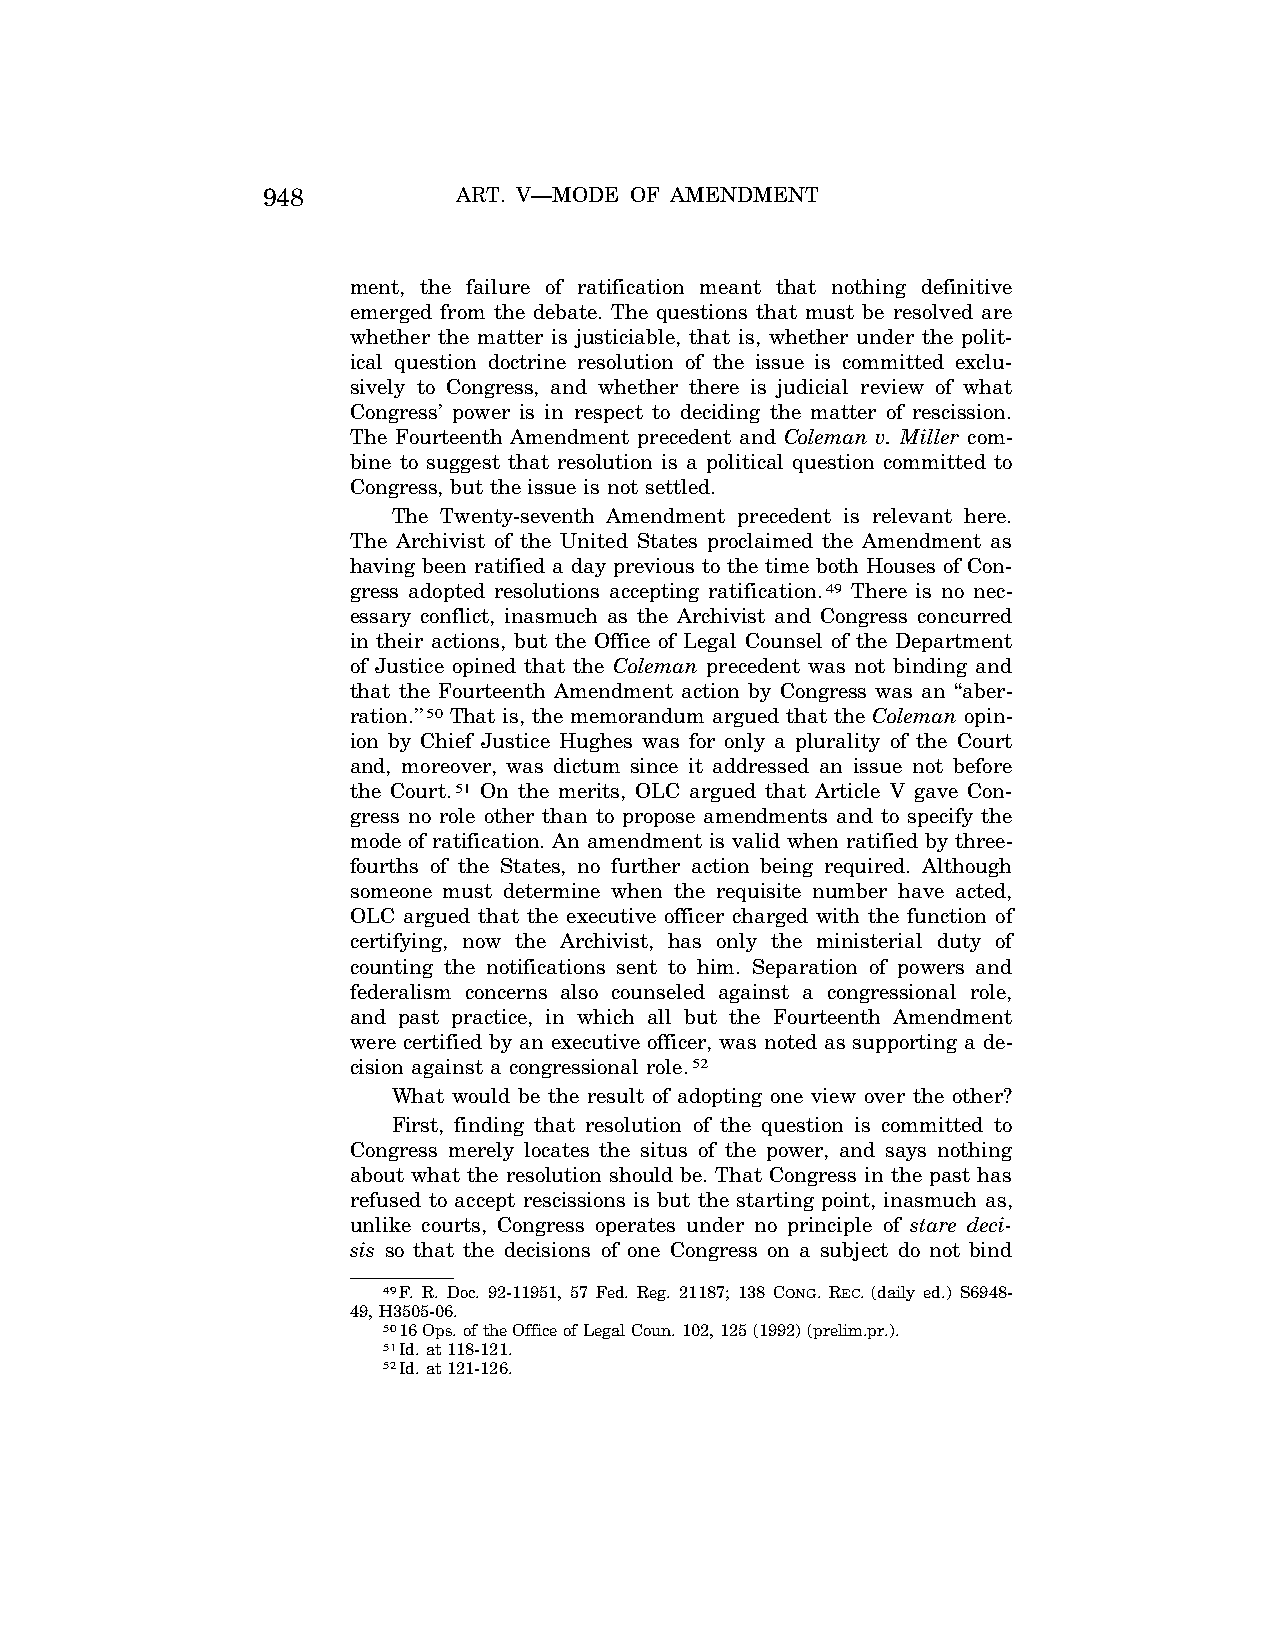
948          ART. V—MODE OF AMENDMENT
 ment, the failure of ratification meant that nothing definitive
 emerged from the debate. The questions that must be resolved are
 whether the matter is justiciable, that is, whether under the polit-
 ical question doctrine resolution of the issue is committed exclu-
 sively to Congress, and whether there is judicial review of what
 Congress’ power is in respect to deciding the matter of rescission.
 The Fourteenth Amendment precedent and Coleman v. Miller com-
 bine to suggest that resolution is a political question committed to
 Congress, but the issue is not settled.
 The Twenty-seventh Amendment precedent is relevant here.
 The Archivist of the United States proclaimed the Amendment as
 having been ratified a day previous to the time both Houses of Con-
 gress adopted resolutions accepting ratification.49 There is no nec-
 essary conflict, inasmuch as the Archivist and Congress concurred
 in their actions, but the Office of Legal Counsel of the Department
 of Justice opined that the Coleman precedent was not binding and
 that the Fourteenth Amendment action by Congress was an ‘‘aber-
 ration.’’50 That is, the memorandum argued that the Coleman opin-
 ion by Chief Justice Hughes was for only a plurality of the Court
 and, moreover, was dictum since it addressed an issue not before
 the Court.51 On the merits, OLC argued that Article V gave Con-
 gress no role other than to propose amendments and to specify the
 mode of ratification. An amendment is valid when ratified by three-
 fourths of the States, no further action being required. Although
 someone must determine when the requisite number have acted,
 OLC argued that the executive officer charged with the function of
 certifying, now the Archivist, has only the ministerial duty of
 counting the notifications sent to him. Separation of powers and
 federalism concerns also counseled against a congressional role,
 and past practice, in which all but the Fourteenth Amendment
 were certified by an executive officer, was noted as supporting a de-
 cision against a congressional role.52
 What would be the result of adopting one view over the other?
 First, finding that resolution of the question is committed to
 Congress merely locates the situs of the power, and says nothing
 about what the resolution should be. That Congress in the past has
 refused to accept rescissions is but the starting point, inasmuch as,
 unlike courts, Congress operates under no principle of stare deci-
 sis so that the decisions of one Congress on a subject do not bind
 49F. R. Doc. 92-11951, 57 Fed. Reg. 21187; 138 CONG. REC. (daily ed.) S6948-
 49, H3505-06.
 5016 Ops. of the Office of Legal Coun. 102, 125 (1992) (prelim.pr.).
 51Id. at 118-121.
 52Id. at 121-126.
 VerDate Apr<14>2004 09:07 Apr 15, 2004 Jkt 077500 PO 00000 Frm 00010 Fmt 8222 Sfmt 8222 C:\CONAN\CON017.SGM PRFM99 PsN: CON017